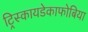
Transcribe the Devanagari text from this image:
ट्रिस्कायडेकाफोबिया